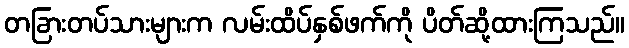
တခြားတပ်သားများက လမ်းထိပ်နှစ်ဖက်ကို ပိတ်ဆို့ထားကြသည်။